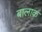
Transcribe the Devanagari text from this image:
बालाक